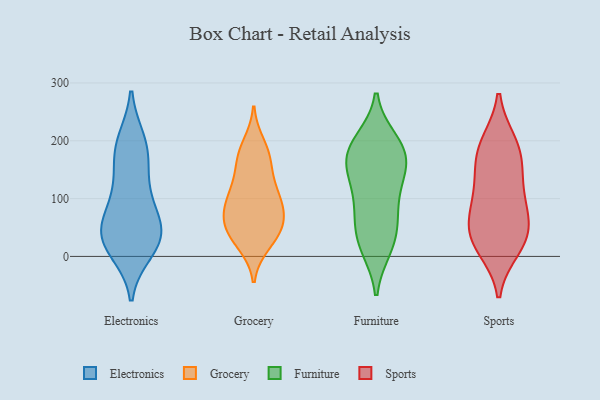
{"axis": {"x": "Churn Rate (%)", "y": "Value"}, "legend": ["Electronics", "Furniture", "Grocery", "Sports"], "data": [{"x": "", "y": 30, "type": "Electronics"}, {"x": "", "y": 198, "type": "Electronics"}, {"x": "", "y": 42, "type": "Electronics"}, {"x": "", "y": 101, "type": "Electronics"}, {"x": "", "y": 61, "type": "Electronics"}, {"x": "", "y": 190, "type": "Electronics"}, {"x": "", "y": 148, "type": "Electronics"}, {"x": "", "y": 35, "type": "Electronics"}, {"x": "", "y": 11, "type": "Electronics"}, {"x": "", "y": 182, "type": "Electronics"}, {"x": "", "y": 100, "type": "Electronics"}, {"x": "", "y": 23, "type": "Electronics"}, {"x": "", "y": 41, "type": "Electronics"}, {"x": "", "y": 98, "type": "Grocery"}, {"x": "", "y": 45, "type": "Grocery"}, {"x": "", "y": 103, "type": "Grocery"}, {"x": "", "y": 113, "type": "Grocery"}, {"x": "", "y": 174, "type": "Grocery"}, {"x": "", "y": 22, "type": "Grocery"}, {"x": "", "y": 29, "type": "Grocery"}, {"x": "", "y": 120, "type": "Grocery"}, {"x": "", "y": 81, "type": "Grocery"}, {"x": "", "y": 57, "type": "Grocery"}, {"x": "", "y": 69, "type": "Grocery"}, {"x": "", "y": 68, "type": "Grocery"}, {"x": "", "y": 42, "type": "Grocery"}, {"x": "", "y": 157, "type": "Grocery"}, {"x": "", "y": 193, "type": "Grocery"}, {"x": "", "y": 172, "type": "Grocery"}, {"x": "", "y": 182, "type": "Furniture"}, {"x": "", "y": 191, "type": "Furniture"}, {"x": "", "y": 15, "type": "Furniture"}, {"x": "", "y": 165, "type": "Furniture"}, {"x": "", "y": 62, "type": "Furniture"}, {"x": "", "y": 190, "type": "Furniture"}, {"x": "", "y": 162, "type": "Furniture"}, {"x": "", "y": 119, "type": "Furniture"}, {"x": "", "y": 70, "type": "Furniture"}, {"x": "", "y": 30, "type": "Furniture"}, {"x": "", "y": 143, "type": "Furniture"}, {"x": "", "y": 82, "type": "Furniture"}, {"x": "", "y": 17, "type": "Furniture"}, {"x": "", "y": 136, "type": "Furniture"}, {"x": "", "y": 200, "type": "Furniture"}, {"x": "", "y": 163, "type": "Sports"}, {"x": "", "y": 63, "type": "Sports"}, {"x": "", "y": 15, "type": "Sports"}, {"x": "", "y": 33, "type": "Sports"}, {"x": "", "y": 195, "type": "Sports"}, {"x": "", "y": 116, "type": "Sports"}, {"x": "", "y": 163, "type": "Sports"}, {"x": "", "y": 38, "type": "Sports"}, {"x": "", "y": 194, "type": "Sports"}, {"x": "", "y": 79, "type": "Sports"}, {"x": "", "y": 103, "type": "Sports"}, {"x": "", "y": 27, "type": "Sports"}]}